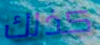
كذلك